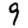
Digit: 9